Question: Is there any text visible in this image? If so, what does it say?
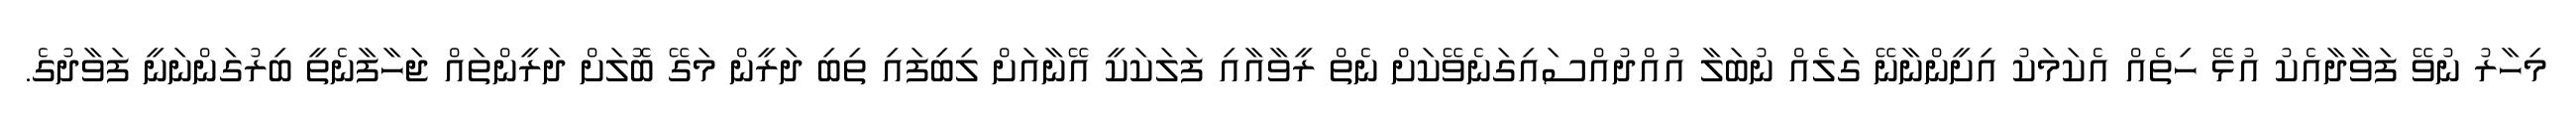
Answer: މިހާރު ނުވޭ ފަވާދާއެކު އުޅޭ ހިތެއް އެކަމަކު އިށީންނާނޭ ގަލެއް ނުބަލާ އުއްދުއްސައިގަނެވޭކަށް ނެތް ރީވާއާއި ފަލަކަކީ އޭނާއަށް ލިބިފައި ތިބި ދަރީން މަގޭ ބޮލަށް ދަރީންތައް ޖަހާފާނެތީ ބިރުގަންނަނީ ފަވާދުގެ.